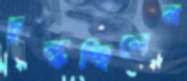
চুল্‌কচ্ছিলেন